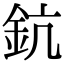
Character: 鈧